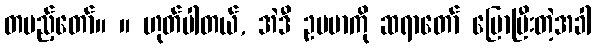
တပည့်တော်။ ။ ဟုတ်ပါတယ်, အဲဒီ ဥပမာကို ဆရာတော် ပြောပြီးတဲ့အခါ